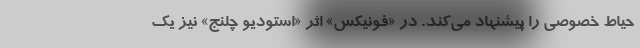
حیاط خصوصی را پیشنهاد می‌کند. در «فونیکس» اثر «استودیو چلنج» نیز یک